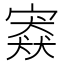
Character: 𡪱